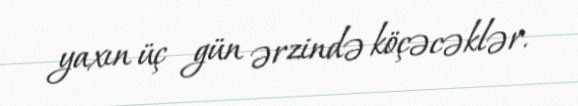
yaxın üç gün ərzində köçəcəklər.